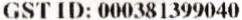
GST ID: 000381399040